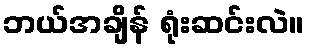
ဘယ်အချိန် ရုံးဆင်းလဲ။